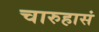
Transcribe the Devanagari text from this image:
चारुहासं